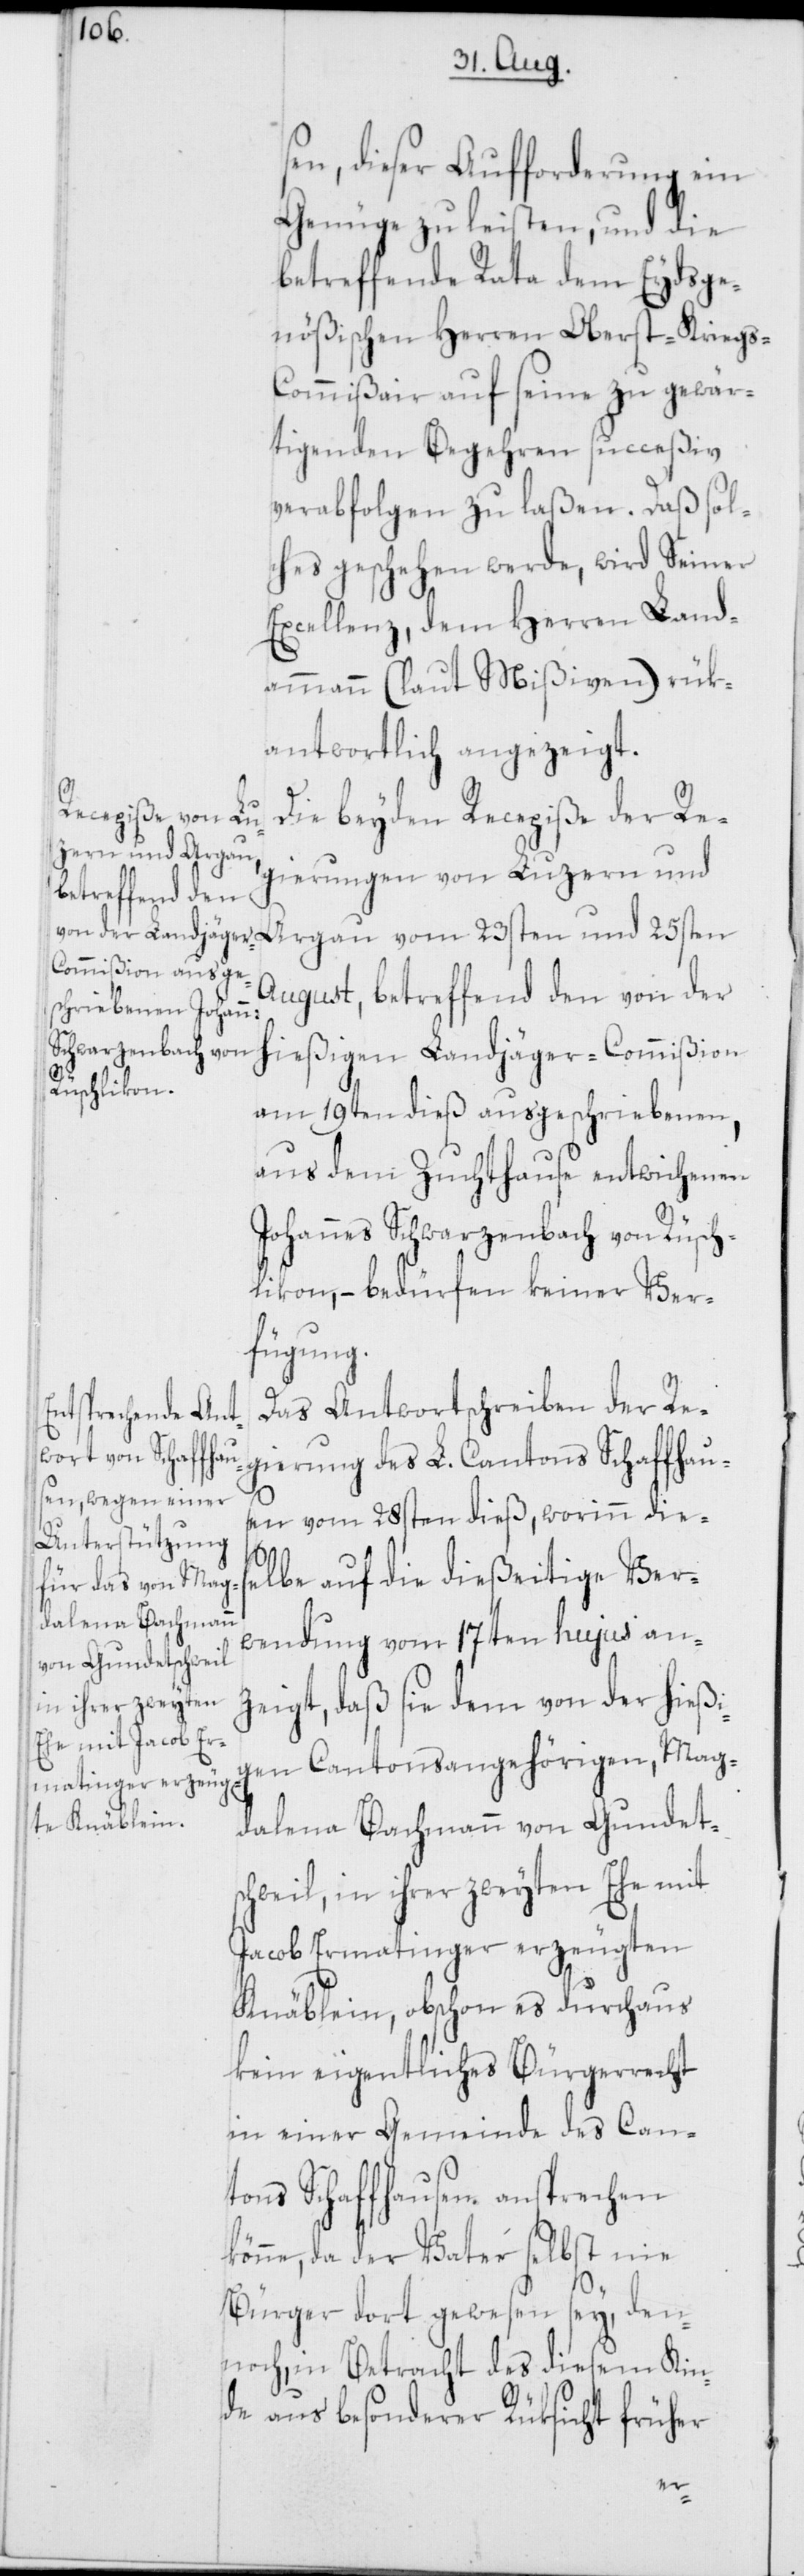
sen, dieser Aufforderung ein
Genüge zu leisten, und die
betreffende Rata dem Eydsge¬
nößischen Herren Oberst-Krieg¬
s-Commißair auf seine zu gewär¬
tigenden Begehren succeßiv
verabfolgen zu laßen. Daß sol¬
ches geschehen werde, wird Seiner
Excellenz, dem Herren Land¬
ammann (laut Mißiven) rük¬
antwortlich angezeigt.
Die beyden Recepiße der Re¬
gierungen von Luzern und
Argau vom 23sten und 25sten
August, betreffend den von der
hießigen Landjäger-Commißion
am 19ten dieß ausgeschriebenen,
aus dem Zuchthause entwichenen
Johannes Schwarzenbach von Rüsch¬
likon, – bedürfen keiner Ver¬
fügung.
Das Antwortschreiben der Re¬
gierung des L. Cantons Schaffhaus¬
en vom 28sten dieß, worinn diese¬
lbe auf die dießeitige Ver¬
wendung vom 17ten hujus an¬
zeigt, daß sie dem von der hießi¬
gen Cantonsangehörigen, Mag¬
dalena Bachmann von Gundetsc¬
hweil, in ihrer zweyten Ehe mit
Jacob Ermatinger erzeugten
Knäblein, obschon es durchaus
kein eigentliches Bürgerrecht
in einer Gemeinde des Can¬
tons Schaffhausen ansprechen
könne, da der Vater selbst nie
Bürger dort gewesen sey, den¬
noch, in Betracht des diesem Kin¬
de aus besonderer Rüksicht früher